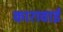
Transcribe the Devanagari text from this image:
कारावाई